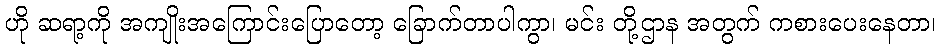
ဟို ဆရာ့ကို အကျိုးအကြောင်းပြောတော့ ခြောက်တာပါကွာ၊ မင်း တို့ဌာန အတွက် ကစားပေးနေတာ၊